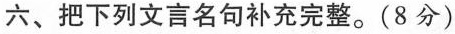
六、把下列文言名句补充完整。(8分)